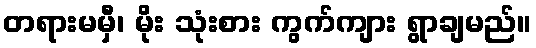
တရားမမှီ၊ မိုး သုံးစား ကွက်ကျား ရွာချမည်။